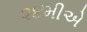
૨૪મીએ